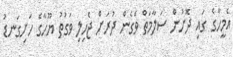
އެމީހާގެ ގައި ދޮށުން ސަލާމަތް ވެގެން ދުރަށް ޖެހިލި ވަގުތު ޔޫހާގެ ހަށިގަނޑު